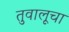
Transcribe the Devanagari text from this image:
तुवालूचा